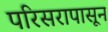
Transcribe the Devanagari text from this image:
परिसरापासून